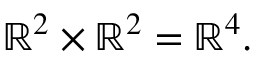
\mathbb { R } ^ { 2 } \times \mathbb { R } ^ { 2 } = \mathbb { R } ^ { 4 } .